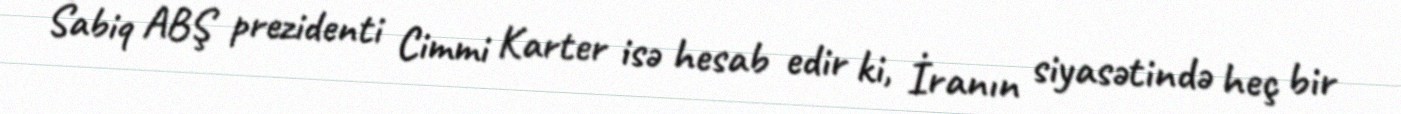
Sabiq ABŞ prezidenti Cimmi Karter isə hesab edir ki, İranın siyasətində heç bir